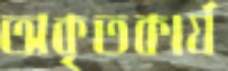
অকৃতকার্য